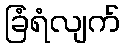
ခြံရံလျက်